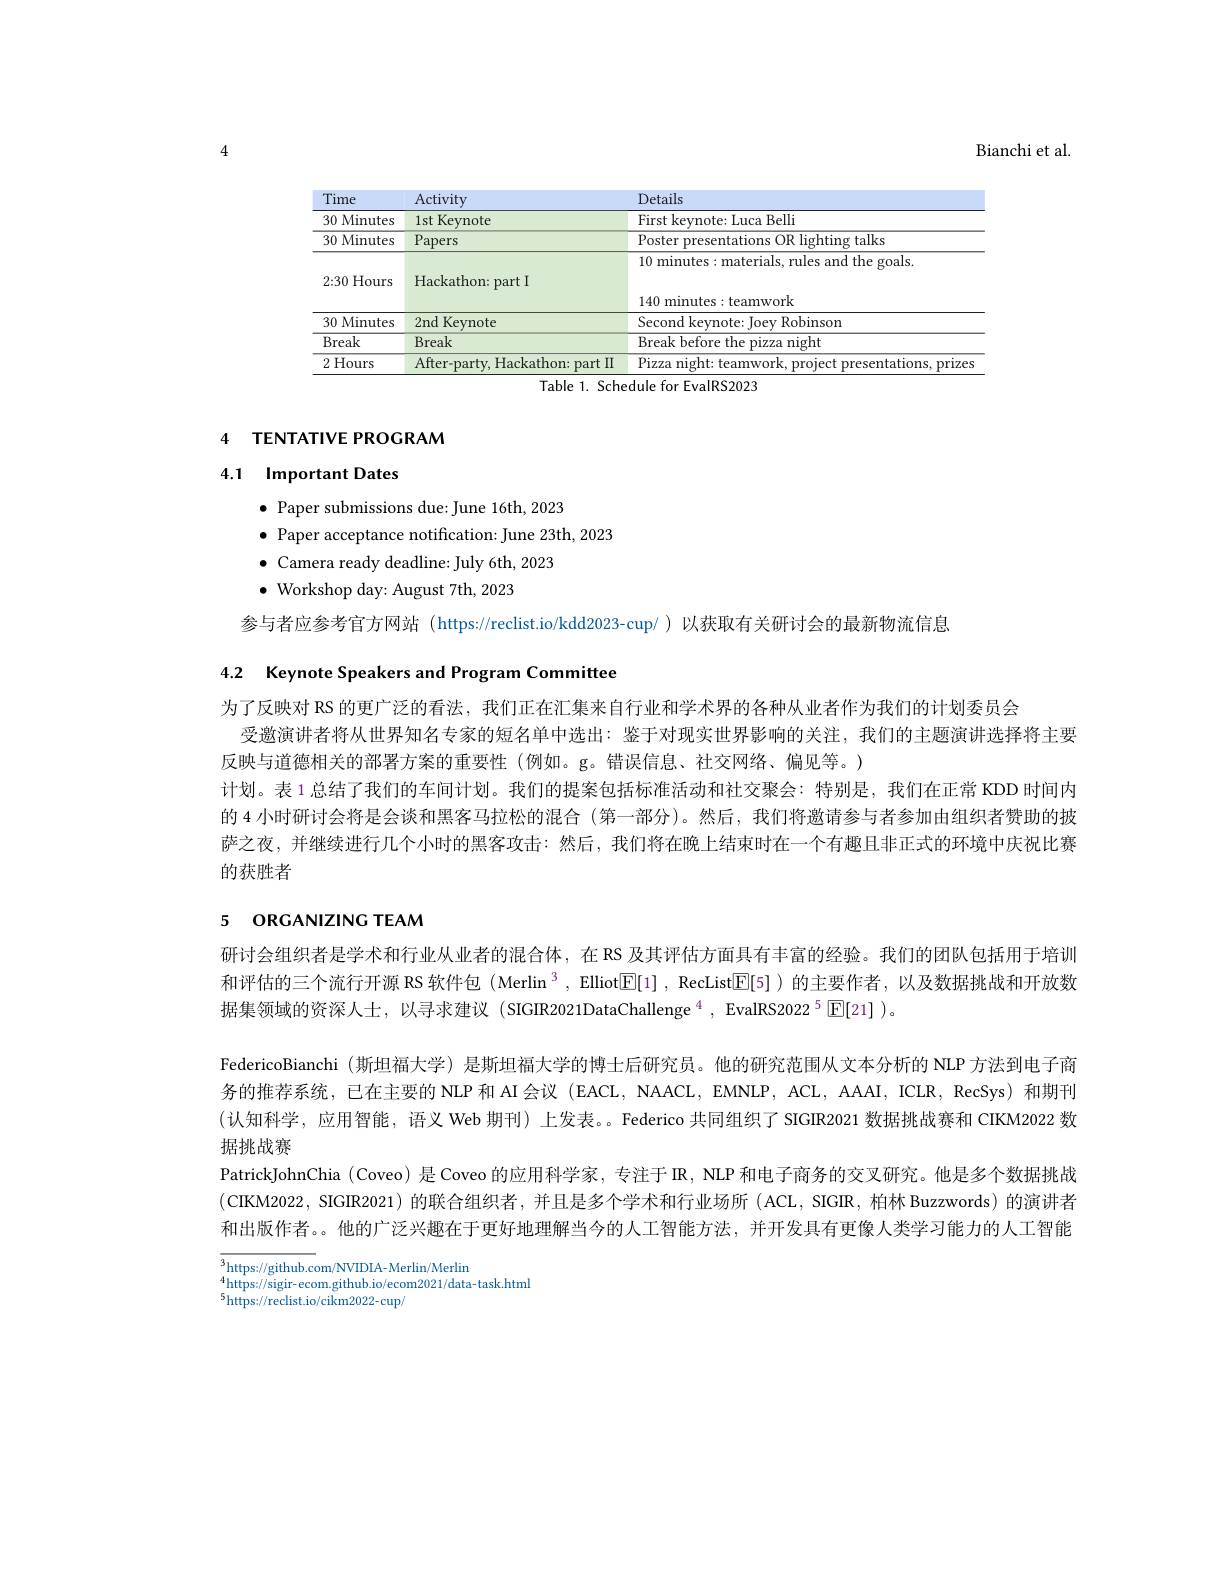
4

Bianchi et al

<table>
	<tbody>
		<tr>
			<th>Time</th>
			<th>Activity</th>
			<th>Details</th>
		</tr>
		<tr>
			<td>30 30 Minutes</td>
			<td>1st Keynote</td>
			<td>Luca Belli First ${\mathrm{r}}|_{\mathrm{kevnote}}.$</td>
		</tr>
		<tr>
			<td>30 30 Minutes</td>
			<td>Papers</td>
			<td>$y$ talks Poster $11k$</td>
		</tr>
		<tr>
			<td>Hours 2{:}30 1</td>
			<td>Hackathon: part I</td>
			<td>10 minutes: materials, rules and the goals</td>
		</tr>
		<tr>
			<td>2{:}30 Hours</td>
			<td>Hackathon: part I</td>
			<td>10 minutes: materials, rules and the goals 140 minutes : teamwork</td>
		</tr>
		<tr>
			<td>30 30 Minutes 1</td>
			<td>2nd Keynote</td>
			<td>Second Robinson 1 kewnote $|np|$</td>
		</tr>
		<tr>
			<td>Break</td>
			<td>Break</td>
			<td>Break night hetore the $\dot{\text{pizza }}$</td>
		</tr>
		<tr>
			<td>2 Hours 112</td>
			<td>After-party, Hackathon: part II</td>
			<td>$p_{1772}$</td>
		</tr>
	</tbody>
</table>
Table 1. Schedule for EvalRS2023

4 TENTATIVE PROGRAM

# 4.1 Important Dates

$\bullet$ Paper submissions due: June 16th, 2023
$\bullet$ Paper acceptance notification: June 23th, 2023
$\bullet$ Camera ready deadline: July 6th, 2023
$\bullet$ Workshop day: August 7th, 2023

参与者应参考官方网站 (https://reclist.io/kdd2023-cup/)以获取有关研讨会的最新物流信息

4.2 Keynote Speakers and Program Committee

为了反映对 RS 的更广泛的看法，我们正在汇集来自行业和学术界的各种从业者作为我们的计划委员会
受邀演讲者将从世界知名专家的短名单中选出：鉴于对现实世界影响的关注，我们的主题演讲选择将主要
反映与道德相关的部署方案的重要性(例如。g。错误信息、社交网络、偏见等。)
计划。表 1 总结了我们的车间计划。我们的提案包括标准活动和社交聚会：特别是，我们在正常 KDD 时间内的 4 小时研讨会将是会谈和黑客马拉松的混合 (第一部分)。然后，我们将邀请参与者参加由组织者赞助的披萨之夜，并继续进行几个小时的黑客攻击：然后，我们将在晚上结束时在一个有趣且非正式的环境中庆祝比赛的获胜者

# 5 ORGANIZING TEAM

研讨会组织者是学术和行业从业者的混合体，在 RS 及其评估方面具有丰富的经验。我们的团队包括用于培训和评估的三个流行开源 RS 软件包 (Merlin $^3$, Elliot[E[1] , RecList[E[5] ) 的主要作者，以及数据挑战和开放数据集领域的资深人士，以寻求建议(SIGIR2021DataChallenge$^{4}$, EvalRS2022$^{5}\boxed{\mathrm{E}}[21])$。
FedericoBianchi (斯坦福大学)是斯坦福大学的博士后研究员。他的研究范围从文本分析的 NLP 方法到电子商务的推荐系统，已在主要的 NLP 和 AI 会议 (EACL, NAACL, EMNLP, ACL, AAAI, ICLR, RecSys) 和期刊(认知科学，应用智能，语义 Web 期刊)上发表。。Federico 共同组织了 SIGIR2021 数据挑战赛和 CIKM2022 数据挑战赛
PatrickJohnChia ( Coveo) 是 Coveo 的应用科学家，专注于 IR, NLP 和电子商务的交叉研究。他是多个数据挑战(CIKM2022, SIGIR2021)的联合组织者，并且是多个学术和行业场所(ACL, SIGR, 柏林 Buzzwords)的演讲者和出版作者。。他的广泛兴趣在于更好地理解当今的人工智能方法，并开发具有更像人类学习能力的人工智能

$^3$https://github.com/NVIDIA-Merlin/Merlin
$^4$https://sigir-ecom.github.io/ecom2021/data-task.html
$^{5}$https://reclist.io/cikm2022-cup/